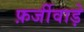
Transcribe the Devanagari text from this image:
फ़र्जीवाड़े